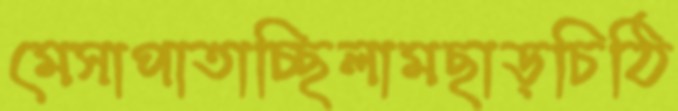
মেসাপাতাচ্ছিলামছাড়চিঠি